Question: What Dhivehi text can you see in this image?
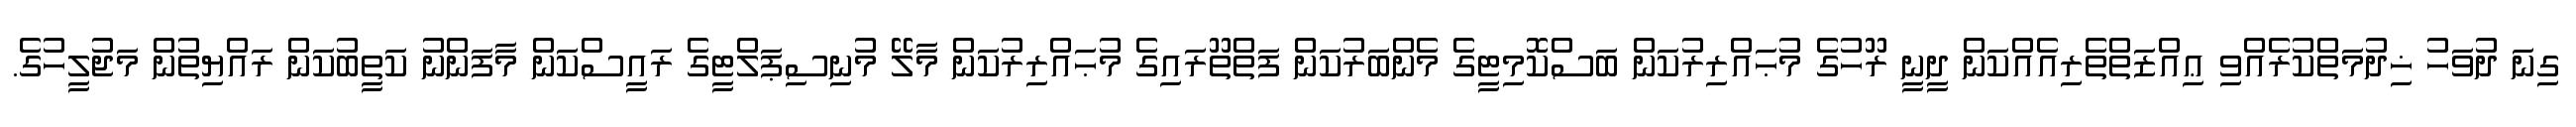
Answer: ގިނަ ދުވަހު ޚިދުމަތްކުރެއްވި ޢިއްޒަތްތެރިއެއްކަން ދީނީ ރޫހުގެ މުޙައްރިރުކަން ބަސްކޮމިޓީގެ މެންބަރުކަން ފަތްތޫރައިގެ މުޙައްރިރުކަން މާލޭ މުނިސިޕަލްޓީގެ ރައީސްކަން މާފަންނު ކަތީބުކަން ރައްޔިތުން މަޖުލީހުގެ.